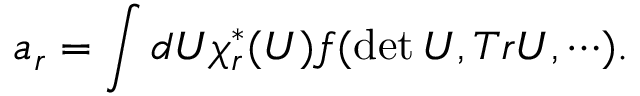
a _ { r } = \int d U \chi _ { r } ^ { * } ( U ) f ( \operatorname * { d e t } U , T r U , \cdots ) .